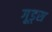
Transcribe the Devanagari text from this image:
गूड्स